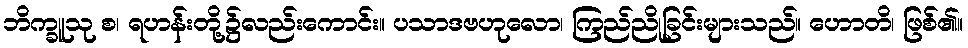
ဘိက္ခူသု စ၊ ရဟန်းတို့၌လည်းကောင်း။ ပသာဒဗဟုလော၊ ကြည်ညိုခြင်းများသည်။ ဟောတိ၊ ဖြစ်၏။